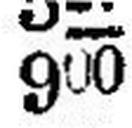
900